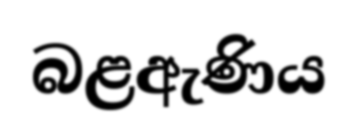
බළඇණිය